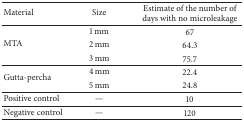
| Material | Size | Estimate of the number of days with no microleakage |
 | --- | --- | --- |
 | <ROWSPAN=3> MTA | 1 mm | 67 |
 | 2 mm | 64.3 |
 | 3 mm | 75.7 |
 | <ROWSPAN=2> Gutta-percha | 4 mm | 22.4 |
 | 5 mm | 24.8 |
 | Positive control | — | 10 |
 | Negative control | — | 120 |